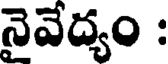
నైవేద్యం :